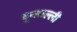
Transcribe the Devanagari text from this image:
कूसाल्ली